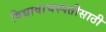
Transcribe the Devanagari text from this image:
विद्यावाचस्पतीसाठी